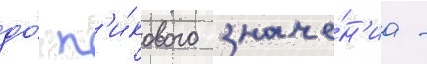
до́ п'и́кового значе́н'иа -